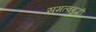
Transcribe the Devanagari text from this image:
समत्वबुद्धी